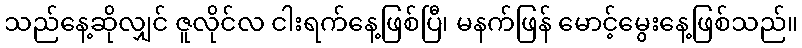
သည်နေ့ဆိုလျှင် ဇူလိုင်လ ငါးရက်နေ့ဖြစ်ပြီ၊ မနက်ဖြန် မောင့်မွေးနေ့ဖြစ်သည်။